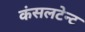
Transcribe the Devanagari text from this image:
कंसलटेन्ट